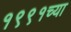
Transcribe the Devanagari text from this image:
१९९१च्या